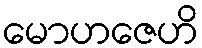
မောဟဇေဟိ